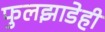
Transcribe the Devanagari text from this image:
फुलझाडेही